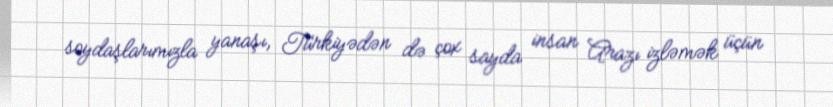
soydaşlarımızla yanaşı, Türkiyədən də çox sayda insan Arazı izləmək üçün